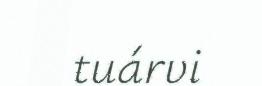
tuárvi